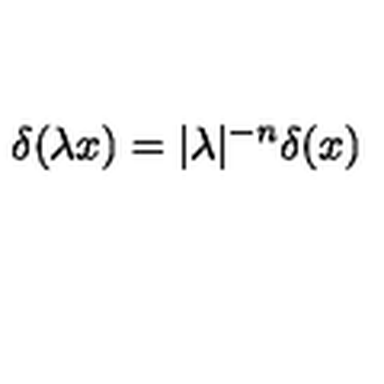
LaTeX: \delta ( \lambda x ) = | \lambda | ^ { - n } \delta ( x )